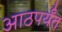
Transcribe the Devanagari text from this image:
आठपर्यंत